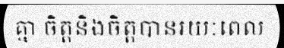
គ្នា ចិត្តនិងចិត្តបានរយៈពេល